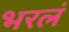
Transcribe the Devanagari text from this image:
भरलं